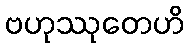
ဗဟုဿုတေဟိ